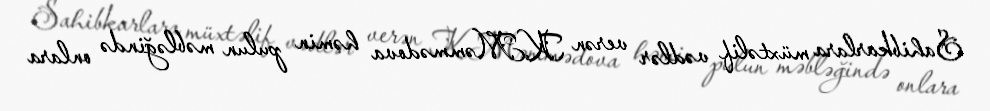
Sahibkarlara müxtəlif vədlər verən K.Məmmədova həmin pulun məbləğində onlara